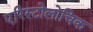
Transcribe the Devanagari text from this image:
एरिस्टोलोचिक